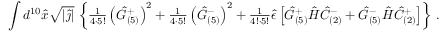
\int d ^ { 1 0 } \hat { x } \sqrt { | \hat { \jmath } | } \, \left\{ { \textstyle \frac { 1 } { 4 \cdot 5 ! } } \left( \hat { G } _ { ( 5 ) } ^ { + } \right) ^ { 2 } + { \textstyle \frac { 1 } { 4 \cdot 5 ! } } \left( \hat { G } _ { ( 5 ) } ^ { - } \right) ^ { 2 } + { \textstyle \frac { 1 } { 4 ! \cdot 5 ! } } \hat { \epsilon } \left[ \hat { G } _ { ( 5 ) } ^ { + } \hat { \cal H } \hat { C } _ { ( 2 ) } ^ { - } + \hat { G } _ { ( 5 ) } ^ { - } \hat { \cal H } \hat { C } _ { ( 2 ) } ^ { + } \right] \right\} \, .